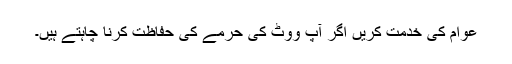
عوام کی خدمت کریں اگر آپ ووٹ کی حُرمے کی حفاظت کرنا چاہتے ہیں۔